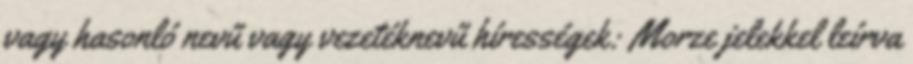
vagy hasonló nevű vagy vezetéknevű hírességek: Morze jelekkel leírva